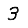
Digit: 3